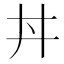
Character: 丼